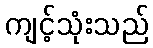
ကျင့်သုံးသည်